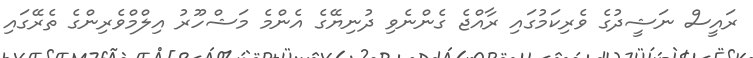
ރައީސް ނަޝީދުގެ ވެރިކަމުގައި ރާއްޖެ ގެންނެވި ދުނިޔޭގެ އެންމެ މަޝްހޫރު އިލްމްވެރިންގެ ތެރޭގައި